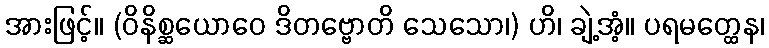
အားဖြင့်။ (ဝိနိစ္ဆယောဝေ ဒိတဗ္ဗောတိ သေသော၊) ဟိ၊ ချဲ့အံ့။ ပရမတ္ထေန၊